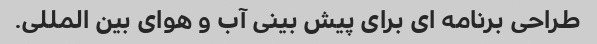
طراحی برنامه ای برای پیش بینی آب و هوای بین المللی.